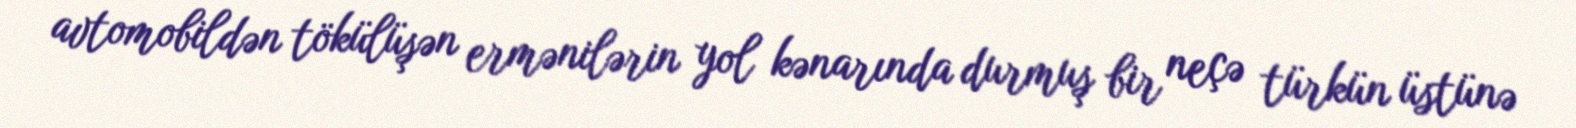
avtomobildən tökülüşən ermənilərin yol kənarında durmuş bir neçə türkün üstünə